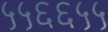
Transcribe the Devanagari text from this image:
५५६६५५